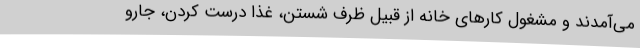
می‌آمدند و مشغول کارهای خانه از قبیل ظرف شستن، غذا درست کردن، جارو